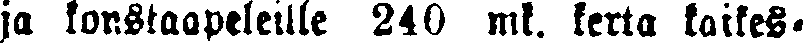
ja lonstaapelellle 240 mk. kerta kaikes-